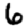
Digit: 6